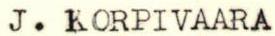
J. KORPIVAARA